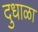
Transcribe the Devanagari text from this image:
दुधाळा